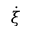
\dot { \xi }